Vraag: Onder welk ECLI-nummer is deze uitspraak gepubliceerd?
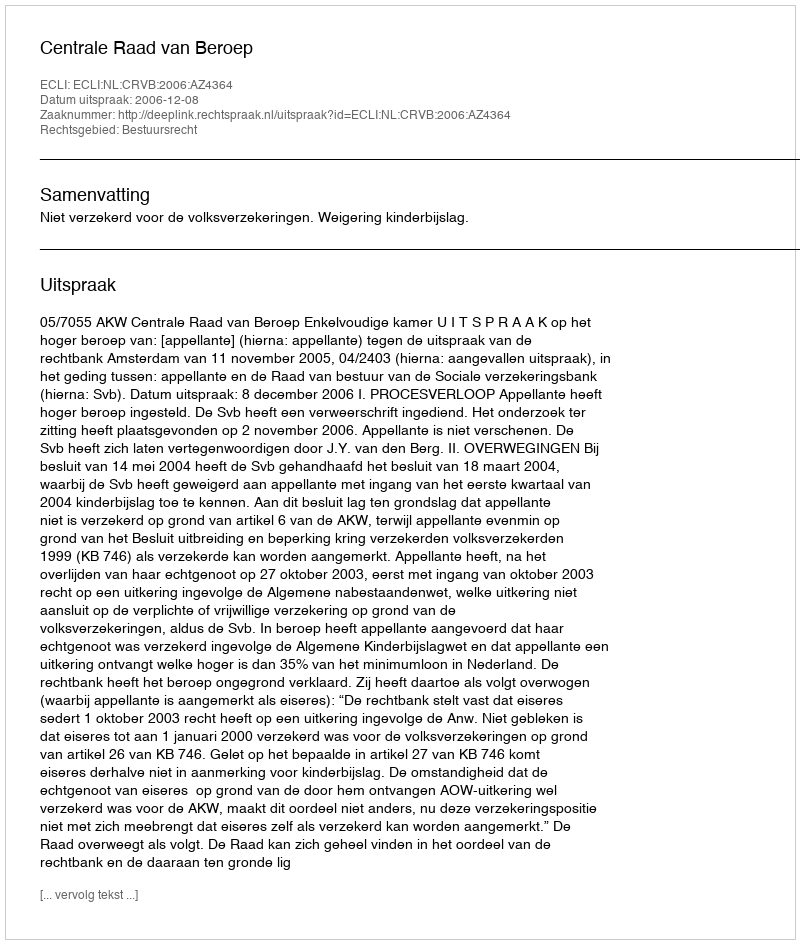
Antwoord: ECLI:NL:CRVB:2006:AZ4364